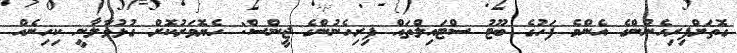
ގޮތަށްފިރިހެނުންގެ އެންމެ ފަހުގެ ބޫޓު ސްޓައިލްތައް ފިރިހެނުންގެ ޖީންސް: ހެޔޮވަރުކޮށް ގުޅުވާލާނީ ކިހިނެއް